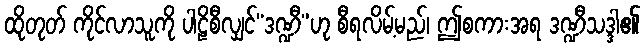
ထိုတုတ် ကိုင်လာသူကို ပါဠိစီလျှင်“ဒဏ္ဍီ”ဟု စီရလိမ့်မည်၊ ဤစကားအရ ဒဏ္ဍီသဒ္ဒါ၏